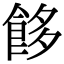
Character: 䬷